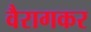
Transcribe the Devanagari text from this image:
वैरागकर